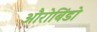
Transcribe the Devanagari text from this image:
औरोबिंडो